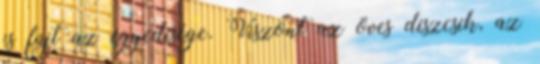
is fújt az egyedisége. Viszont az öves díszcsík, az